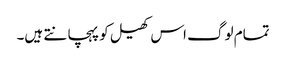
تمام لوگ اس کھیل کو پہچانتے ہیں۔